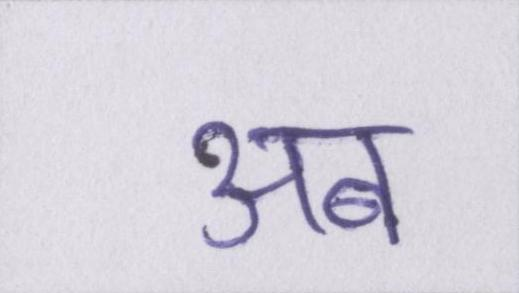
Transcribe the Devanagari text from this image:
अब